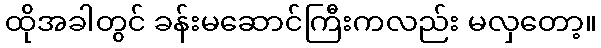
ထိုအခါတွင် ခန်းမဆောင်ကြီးကလည်း မလှတော့။